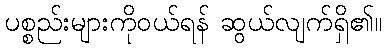
ပစ္စည်းများကိုဝယ်ရန် ဆွယ်လျက်ရှိ၏။